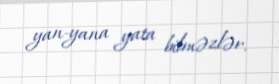
yan-yana yata bilməzlər.